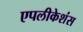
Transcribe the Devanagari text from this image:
एपलीकेशंस